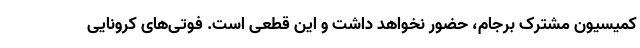
کمیسیون مشترک برجام، حضور نخواهد داشت و این قطعی است. فوتی‌های کرونایی